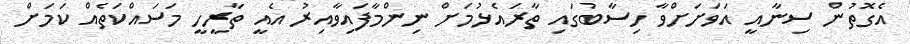
އެގޮތުން ސިނާއީ އަވަށަށްވާ ހިސާބުގައި ތާރައެޅުމަށް ނިންމާފައިވާއިރު އެއީ ތާރީހީ މަސައްކަތެއް ކަމަށް